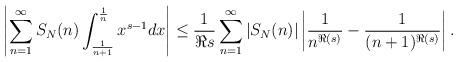
LaTeX: \begin{align*}\left|\sum_{n=1}^{\infty} S_N(n) \int_{\frac{1}{n+1}}^{\frac{1}{n}} x^{s-1} dx\right| \leq \frac{1}{\Re s} \sum_{n=1}^{\infty} \left|S_N(n)\right| \left|\frac{1}{n^{\Re(s)}}-\frac{1}{(n+1)^{\Re(s)}}\right| .\end{align*}